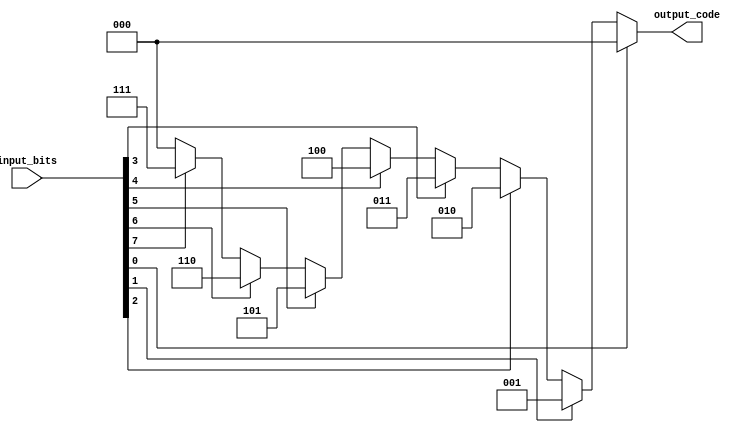
module priority_encoder(
    input [7:0] input_bits,
    output [2:0] output_code
);

assign output_code = {
    (input_bits[0] == 1'b1) ? 3'b000 : 
    (input_bits[1] == 1'b1) ? 3'b001 : 
    (input_bits[2] == 1'b1) ? 3'b010 : 
    (input_bits[3] == 1'b1) ? 3'b011 : 
    (input_bits[4] == 1'b1) ? 3'b100 : 
    (input_bits[5] == 1'b1) ? 3'b101 : 
    (input_bits[6] == 1'b1) ? 3'b110 : 
    (input_bits[7] == 1'b1) ? 3'b111 : 3'b000
};

endmodule